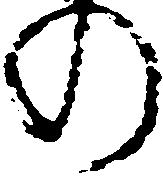
の